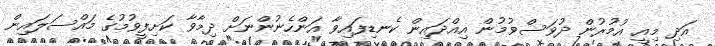
އަދި މިއީ އުމުރުން ދުވަސްވުމުން އިއްދައިން ކެނޑިފައިވާ އަންހެނުންނަށް ދިމާވާ ކަށިފީވުމުގެ މައްސަލައިން